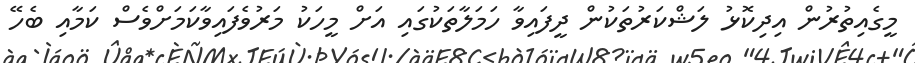
މީގެއިތުރުން އިދިކޮޅު ލަޝްކަރުތަކުން ދީފައިވާ ހަމަލާތަކުގައި އަށް މީހަކު މަރުވެފައިވާކަމަށްވެސް ކަމާއި ބެހޭ